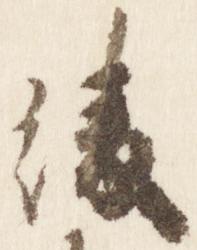
綾